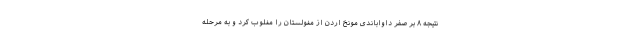
نتیجه ۸ بر صفر داواباندی مونخ اردن از مغولستان را مغلوب کرد و به مرحله